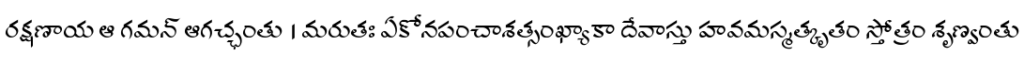
రక్షణాయ ఆ గమన్ ఆగచ్ఛంతు । మరుతః ఏకోనపంచాశత్సంఖ్యాకా దేవాస్తు హవమస్మత్కృతం స్తోత్రం శృణ్వంతు